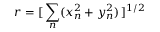
r = [ \, \sum _ { n } ( x _ { n } ^ { 2 } + y _ { n } ^ { 2 } ) \, ] ^ { 1 / 2 }